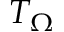
T _ { \Omega }